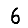
Digit: 6